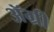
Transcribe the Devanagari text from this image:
ॲग्री